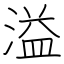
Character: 溢